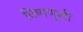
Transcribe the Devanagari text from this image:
विषाणूंशी